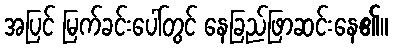
အပြင် မြက်ခင်းပေါ်တွင် နေခြည်ဖြာဆင်းနေ၏။